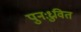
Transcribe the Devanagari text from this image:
पुनःध्रुवित